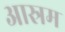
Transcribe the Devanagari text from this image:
आस्रम